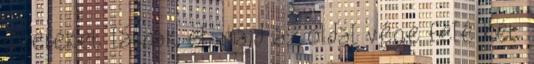
gyereket látnak el, majd az oldal vége felé két